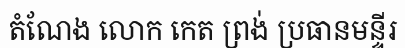
តំណែង លោក កេត ព្រង់ ប្រធានមន្ទីរ